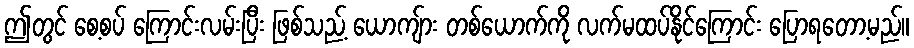
ဤတွင် စေ့စပ် ကြောင်းလမ်းပြီး ဖြစ်သည့် ယောကျ်ား တစ်ယောက်ကို လက်မထပ်နိုင်ကြောင်း ပြောရတော့မည်။